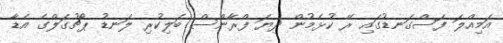
އަމިއްލަ ފަސްގަނޑުގައި ރޭ ކުޅެމުން ދިޔަ ފްރާންސް ބަލިކުރި ލަނޑު ޕޯޗުގަލްގެ އެޑާ